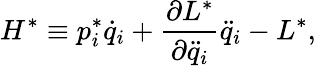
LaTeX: H^{*}\equiv p_{i}^{*}\dot{q}_{i}+\frac{\partial L^{*}}{\partial\ddot{q}_{i}}\ddot{q}_{i}-L^{*},